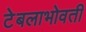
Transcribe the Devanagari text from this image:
टेबलाभोवती